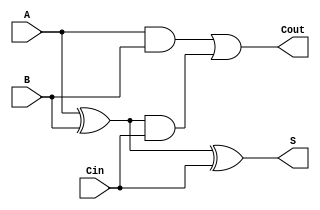
module CarryLookaheadFullAdder (
    input wire A,     // First input bit
    input wire B,     // Second input bit
    input wire Cin,   // Carry-in bit
    output wire S,    // Sum output
    output wire Cout   // Carry-out output
);

    // Internal signals for generate and propagate
    wire G; // Generate
    wire P; // Propagate

    // Generate and Propagate calculations
    assign G = A & B;          // Generate signal
    assign P = A ^ B;          // Propagate signal

    // Carry-out calculation
    assign Cout = G | (P & Cin); // Carry-out

    // Sum calculation
    assign S = P ^ Cin;        // Sum output

endmodule